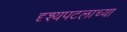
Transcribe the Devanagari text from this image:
दृश्यपटलाच्या